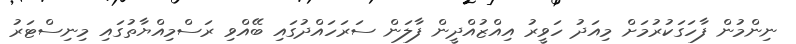
ނިންމުން ފާހަގަކުރުމަށް މިއަދު ހަވީރު އިއްޒުއްދީން ފާލަން ސަރަހައްދުގައި ބޭއްވި ރަސްމިއްޔާތުގައި މިނިސްޓަރު